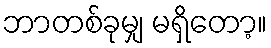
ဘာတစ်ခုမျှ မရှိတော့။